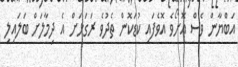
އަބްޔާން ވެސް އޮށޯވެ އޮވެފައި ކުޑަކޮން ތެދުވެ ރަގަޅަށް އެ ދިމާލަށް ބަލައިލި